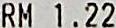
RM 1.22